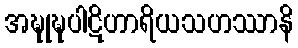
အဍ္ဎုဍ္ဎပါဋိဟာရိယသဟဿာနိ